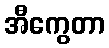
အီကွေတာ